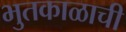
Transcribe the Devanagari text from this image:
भुतकाळाची